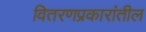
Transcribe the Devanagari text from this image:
वितरणप्रकारांतील